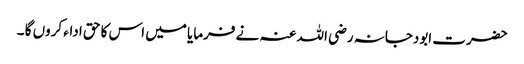
حضرت ابودجانہ رضی اللہ عنہ نے فرمایا میں اس کا حق اداء کروں گا ۔